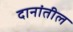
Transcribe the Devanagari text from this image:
दानांतील